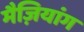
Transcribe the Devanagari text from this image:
मैज़ियांग